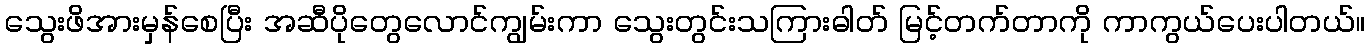
သွေးဖိအားမှန်စေပြီး အဆီပိုတွေလောင်ကျွမ်းကာ သွေးတွင်းသကြားဓါတ် မြင့်တက်တာကို ကာကွယ်ပေးပါတယ်။